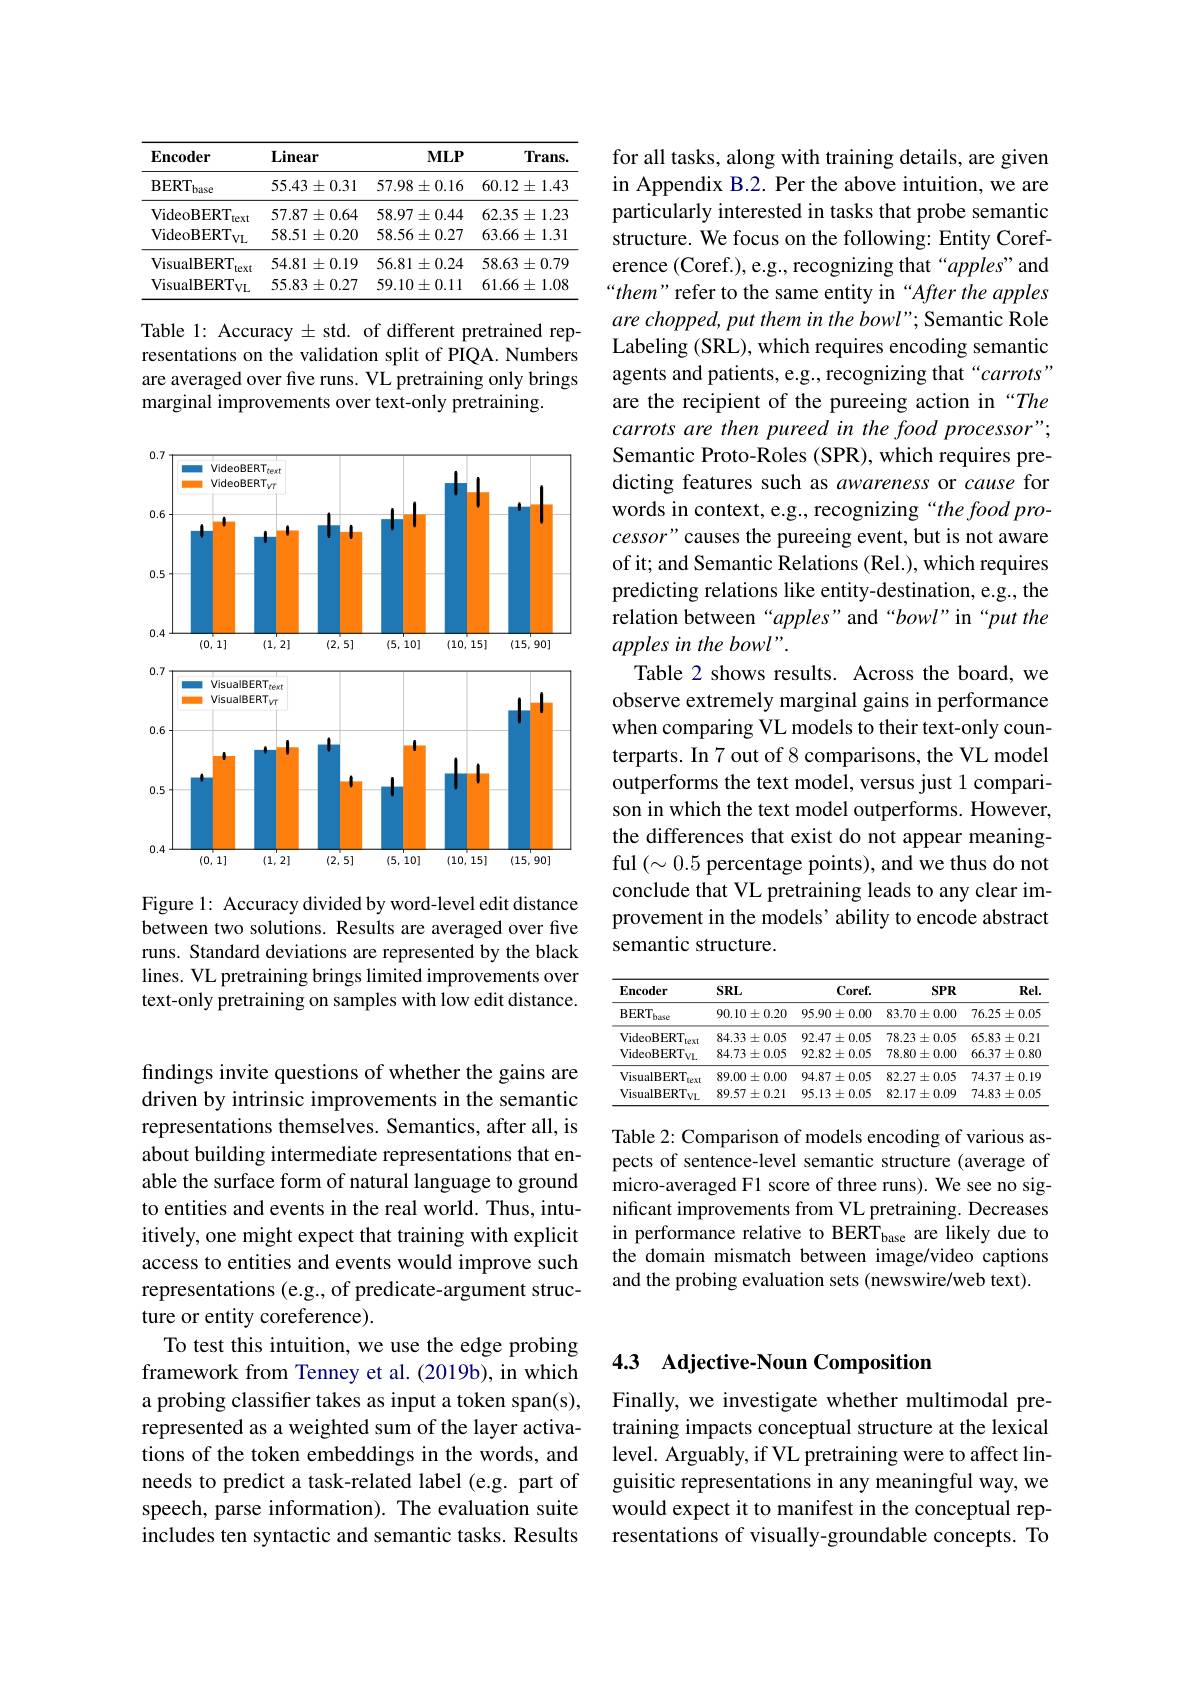
<table>
	<tbody>
		<tr>
			<th>Encoder</th>
			<th>$\mathbf{Linear}$</th>
			<th>$MLP$</th>
			<th>$Trans.$</th>
		</tr>
		<tr>
			<td>$\mathbf{BERT}$ base</td>
			<td>$55.43\pm0.31$</td>
			<td>$57.98\pm0.16$</td>
			<td>$60.12\pm1.43$</td>
		</tr>
		<tr>
			<td>VideoBERT text</td>
			<td>$57.87\pm0.64$</td>
			<td>$58.97\pm0.44$</td>
			<td>$62.35\pm1.23$</td>
		</tr>
		<tr>
			<td>VideoBERT$_\mathrm{VL}$</td>
			<td>$58.51\pm0.20$</td>
			<td>$58.56\pm0.27$</td>
			<td>$63.66\pm1.31$</td>
		</tr>
		<tr>
			<td>VisualBERT text</td>
			<td>$54.81\pm0.19$</td>
			<td>$56.81\pm0.24$</td>
			<td>$58.63\pm0.79$</td>
		</tr>
		<tr>
			<td>VisualBERTvL</td>
			<td>$55.83\pm0.27$</td>
			<td>$59.10\pm0.11$</td>
			<td>$61.66\pm1.08$</td>
		</tr>
	</tbody>
</table>

Table 1: Accuracy $\pm$ std. of different pretrained representations on the validation split of PIQA. Numbers are averaged over five runs. VL pretraining only brings marginal improvements over text-only pretraining.

<FigureHere>

Figure 1: Accuracy divided by word-level edit distance between two solutions. Results are averaged over five runs. Standard deviations are represented by the black lines. VL pretraining brings limited improvements over text-only pretraining on samples with low edit distance.

findings invite questions of whether the gains are driven by intrinsic improvements in the semantic representations themselves. Semantics, after all, is about building intermediate representations that enable the surface form of natural language to ground to entities and events in the real world. Thus, intuitively, one might expect that training with explicit access to entities and events would improve such representations (e.g., of predicate-argument structure or entity coreference).
To test this intuition, we use the edge probing framework from Tenney et al.(2019b), in which a probing classifer takes as input a token span(s), represented as a weighted sum of the layer activations of the token embeddings in the words, and needs to predict a task-related label (e.g. part of speech, parse information). The evaluation suite includes ten syntactic and semantic tasks. Results

for all tasks, along with training details, are given in Appendix B.2. Per the above intuition, we are particularly interested in tasks that probe semantic structure. We focus on the following: Entity Coreference (Coref.), e.g., recognizing that“apples” and “them" refer to the same entity in“After the apples are chopped, put them in the bowl" Semantic Role Labeling (SRL), which requires encoding semantic agents and patients, e.g., recognizing that“carrots” are the recipient of the pureeing action in “The carrots are then pureed in the food processor" Semantic Proto-Roles (SPR), which requires predicting features such as awareness or cause for words in context, e.g., recognizing “the food pro- $cessor"$ causes the pureeing event, but is not aware of it; and Semantic Relations (Rel.), which requires predicting relations like entity-destination, e.g., the relation between“apples”and“bowl”in“put the apples in the bowl".
Table 2 shows results. Across the board, we observe extremely marginal gains in performance when comparing VL models to their text-only counterparts. In 7 out of 8 comparisons, the VL model outperforms the text model, versus just 1 comparison in which the text model outperforms. However, the differences that exist do not appear meaningful $(\sim0.5$ percentage points), and we thus do not conclude that VL pretraining leads to any clear improvement in the models' ability to encode abstract semantic structure.

<table>
	<tbody>
		<tr>
			<th>Encoder</th>
			<th>$SRL$</th>
			<th>$Coref.$</th>
			<th>$SPR$</th>
			<th>Rel</th>
		</tr>
		<tr>
			<td>$BERT_{\mathrm{i}}$ base</td>
			<td>$90.10\pm0.20$</td>
			<td>$95.90\pm0.00$</td>
			<td>$83.70\pm0.00$</td>
			<td>$76.25\pm0.05$</td>
		</tr>
		<tr>
			<td>VideoBERT text</td>
			<td>$84.33\pm0.05$</td>
			<td>$92.47\pm0.05$</td>
			<td>$78.23\pm0.05$</td>
			<td>$65.83\pm0.21$</td>
		</tr>
		<tr>
			<td>VideoBERT$_\mathrm{VL}$</td>
			<td>$84.73\pm0.05$</td>
			<td>$92.82\pm0.05$</td>
			<td>$78.80\pm0.00$</td>
			<td>$66.37\pm0.8$</td>
		</tr>
		<tr>
			<td>VisualBERT text</td>
			<td>$89.00\pm0.00$</td>
			<td>$94.87\pm0.05$</td>
			<td>$82.27\pm0.05$</td>
			<td>$74.37\pm0.19$</td>
		</tr>
		<tr>
			<td>VisualBERT$_\mathrm{VL}$</td>
			<td>$89.57\pm0.21$</td>
			<td>$95.13\pm0.05$</td>
			<td>$82.17\pm0.09$</td>
			<td>$74.83\pm0.05$</td>
		</tr>
	</tbody>
</table>

Table 2: Comparison of models encoding of various aspects of sentence-level semantic structure (average of micro-averaged F1 score of three runs). We see no significant improvements from VL pretraining. Decreases in performance relative to BERT$_\mathrm{base}$ are likely due to the domain mismatch between image/video captions and the probing evaluation sets (newswire/web text).

## 4.3 Adjective-Noun Composition

Finally, we investigate whether multimodal pretraining impacts conceptual structure at the lexical level. Arguably, if VL pretraining were to affect linguisitic representations in any meaningful way, we would expect it to manifest in the conceptual representations of visually-groundable concepts. To